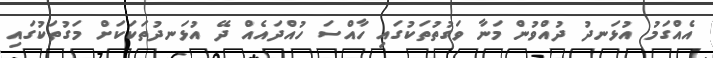
އެއްގަމު އުޅަނދު ދުއްވުން މަނާ ވަގުތުތަކުގައި ހާއްސަ ހުއްދައެއް ދޭ އުޅަނދުތަކަކަށް މަގުތަކުގައި